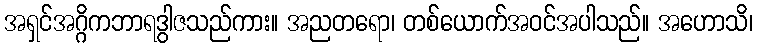
အရှင်အဂ္ဂိကဘာရဒွါဇသည်ကား။ အညတရော၊ တစ်ယောက်အဝင်အပါသည်။ အဟောသိ၊